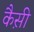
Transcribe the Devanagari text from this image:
कैस़ी